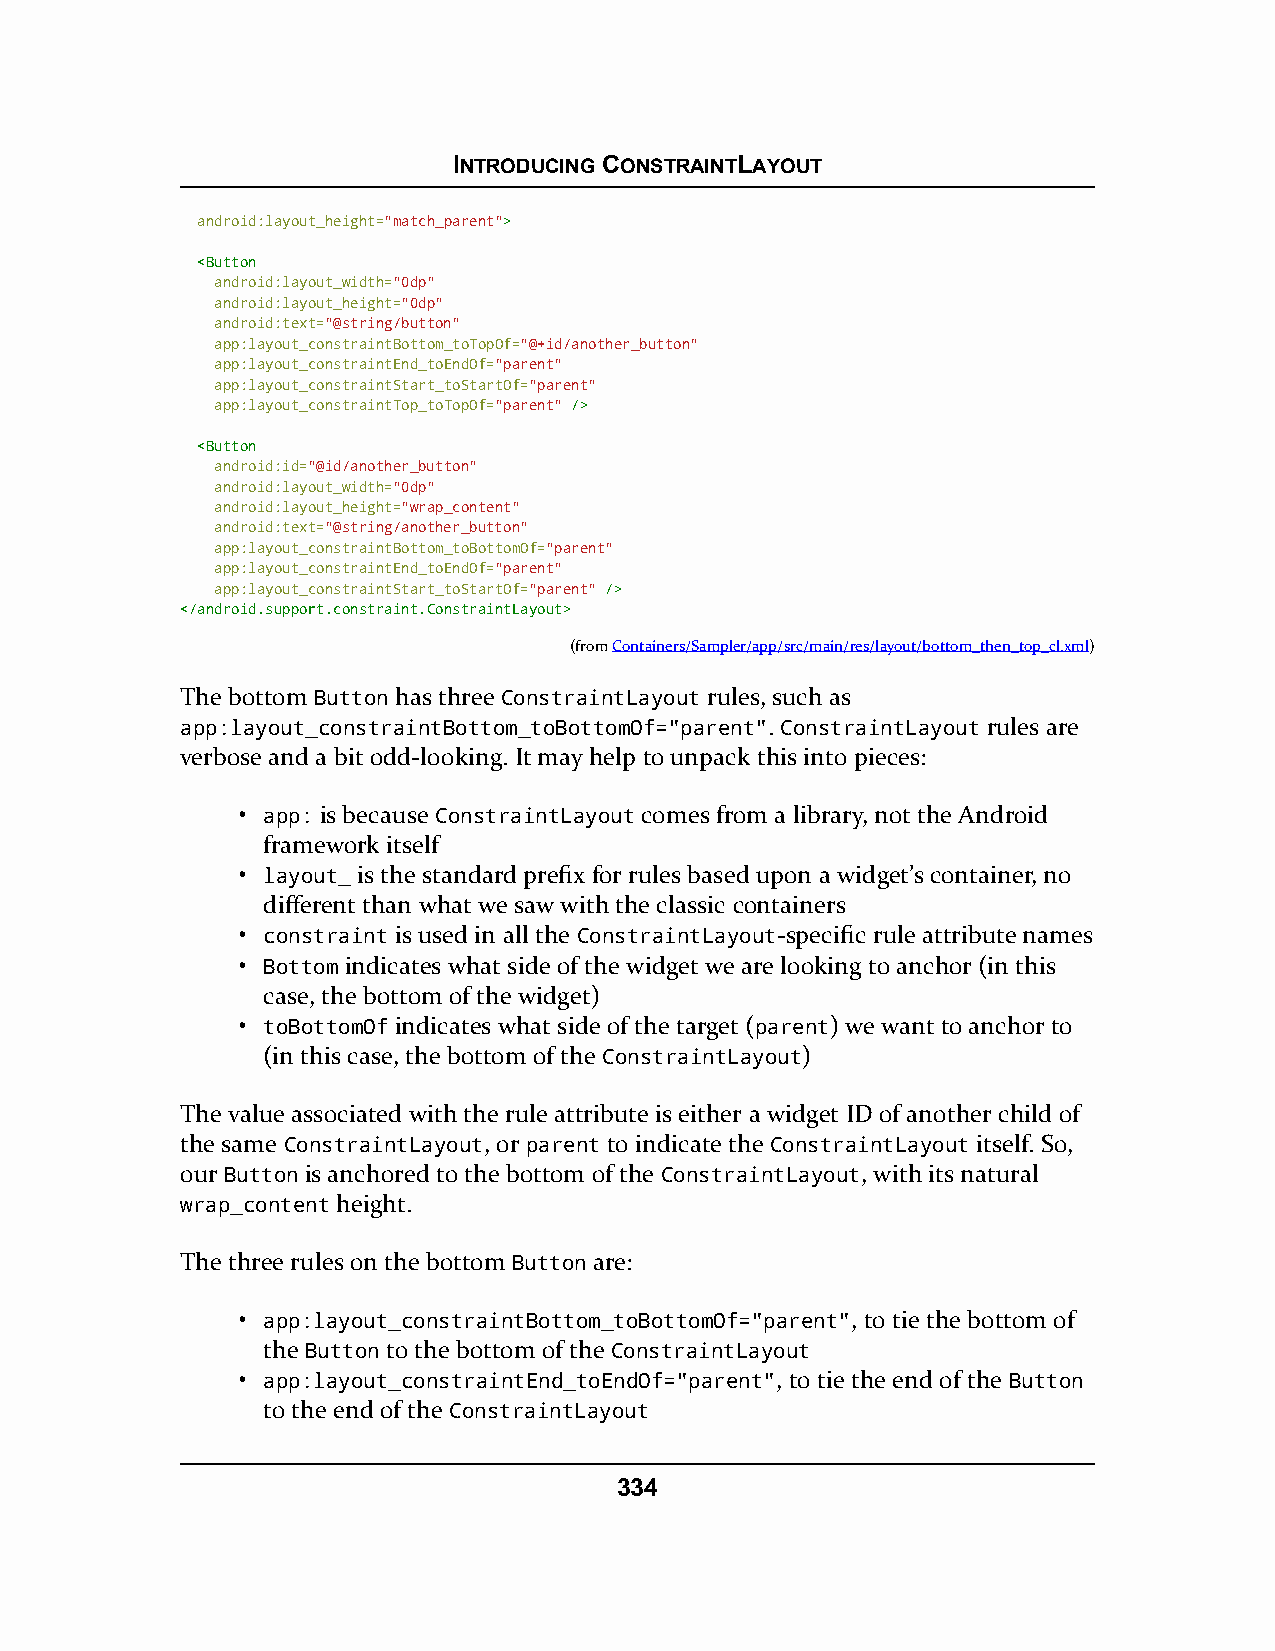
INTRODUCING CONSTRAINTLAYOUT
 android:layout_height="match_parent">>
 <<BBuuttttoonn
 android:layout_width="0dp"
 android:layout_height="0dp"
 android:text="@string/button"
 app:layout_constraintBottom_toTopOf="@+id/another_button"
 app:layout_constraintEnd_toEndOf="parent"
 app:layout_constraintStart_toStartOf="parent"
 app:layout_constraintTop_toTopOf="parent" //>>
 <<BBuuttttoonn
 android:id="@id/another_button"
 android:layout_width="0dp"
 android:layout_height="wrap_content"
 android:text="@string/another_button"
 app:layout_constraintBottom_toBottomOf="parent"
 app:layout_constraintEnd_toEndOf="parent"
 app:layout_constraintStart_toStartOf="parent" //>>
 <<//aannddrrooiidd..ssuuppppoorrtt..ccoonnssttrraaiinntt..CCoonnssttrraaiinnttLLaayyoouutt>>
 (fromContainers/Sampler/app/src/main/res/layout/bottom_then_top_cl.xml)
 The bottom Button has three ConstraintLayout rules, such as
 app:layout_constraintBottom_toBottomOf="parent". ConstraintLayout rules are
 verbose and a bit odd-looking. It may help to unpack this into pieces:
 • app: is because ConstraintLayout comes from a library, not the Android
 framework itself
 • layout_ is the standard prefix for rules based upon a widget’s container, no
 different than what we saw with the classic containers
 • constraint is used in all the ConstraintLayout-specific rule attribute names
 • Bottom indicates what side of the widget we are looking to anchor (in this
 case, the bottom of the widget)
 • toBottomOf indicates what side of the target (parent) we want to anchor to
 (in this case, the bottom of the ConstraintLayout)
 The value associated with the rule attribute is either a widget ID of another child of
 the same ConstraintLayout, or parent to indicate the ConstraintLayout itself. So,
 our Button is anchored to the bottom of the ConstraintLayout, with its natural
 wrap_content height.
 The three rules on the bottom Button are:
 • app:layout_constraintBottom_toBottomOf="parent", to tie the bottom of
 the Button to the bottom of the ConstraintLayout
 • app:layout_constraintEnd_toEndOf="parent", to tie the end of the Button
 to the end of the ConstraintLayout
 334